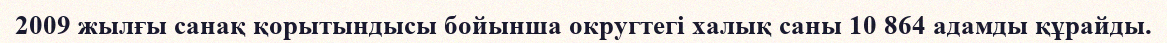
2009 жылғы санақ қорытындысы бойынша округтегі халық саны 10 864 адамды құрайды.